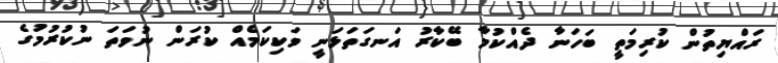
ރައްޔިތުން ކުރިމަތީ ބަހަނާ ދެއްކުމާ ބޭކާރު އަނގަތަޅަނީ ވަކިކަމެއް ކުރަން ނުވަތަ ނުކުރުމުގެ